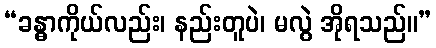
“ခန္ဓာကိုယ်လည်း၊ နည်းတူပဲ၊ မလွဲ အိုရသည်။”